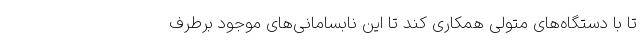
تا با دستگاه‌های متولی همکاری کند تا این نابسامانی‌های موجود برطرف